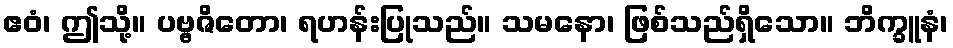
ဧဝံ၊ ဤသို့။ ပဗ္ဗဇိတော၊ ရဟန်းပြုသည်။ သမနော၊ ဖြစ်သည်ရှိသော။ ဘိက္ခူနံ၊